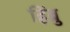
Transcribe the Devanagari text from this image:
हिंब्रु